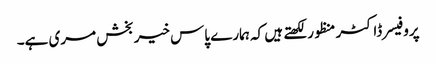
پروفیسر ڈاکٹر منظور لکھتے ہیں کہ ہمارے پاس خیربخش مری ہے۔